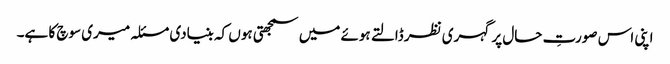
اپنی اس صورتِ حال پر گہری نظر ڈالتے ہوئے میں سمجھتی ہوں کہ بنیادی مسئلہ میری سوچ کا ہے۔